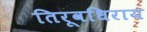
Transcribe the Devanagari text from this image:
तिरूवधिराय